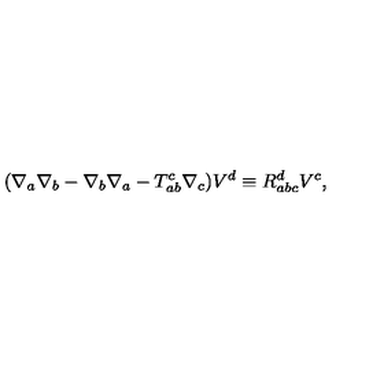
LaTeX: ( \nabla _ { a } \nabla _ { b } - \nabla _ { b } \nabla _ { a } - T _ { a b } ^ { c } \nabla _ { c } ) V ^ { d } \equiv R _ { a b c } ^ { d } V ^ { c } ,